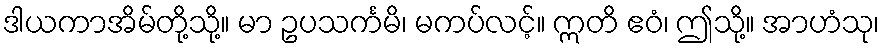
ဒါယကာအိမ်တို့သို့။ မာ ဥပသင်္ကမိ၊ မကပ်လင့်။ ဣတိ ဧဝံ၊ ဤသို့။ အာဟံသု၊